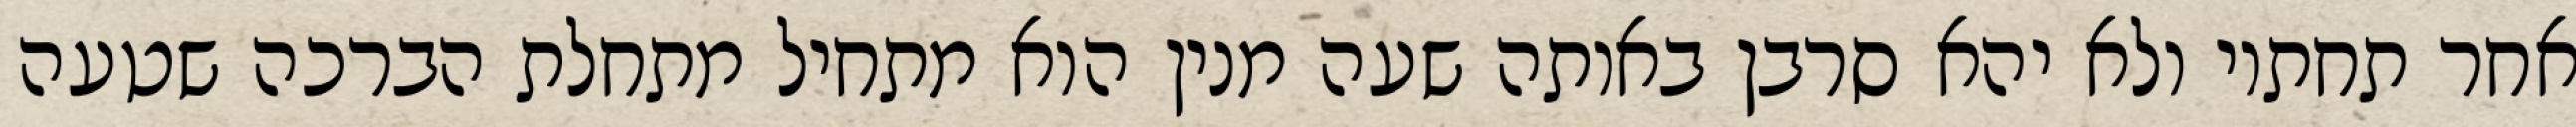
אחר תחתיו ולא יהא סרבן באותה שעה מנין הוא מתחיל מתחלת הברכה שטעה